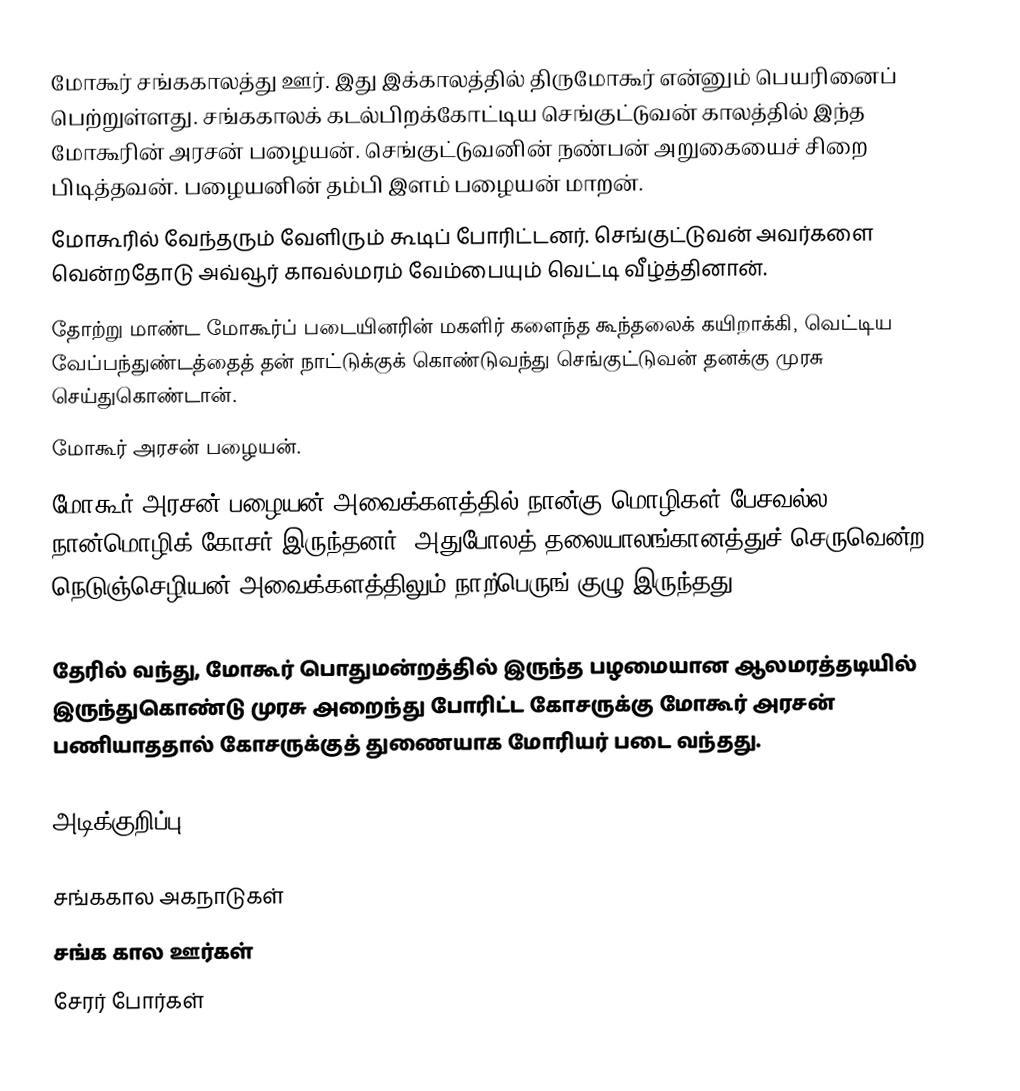
மோகூர் சங்ககாலத்து ஊர். இது இக்காலத்தில் திருமோகூர் என்னும் பெயரினைப் பெற்றுள்ளது. சங்ககாலக்  கடல்பிறக்கோட்டிய செங்குட்டுவன் காலத்தில் இந்த மோகூரின் அரசன் பழையன். செங்குட்டுவனின் நண்பன் அறுகையைச் சிறை பிடித்தவன். பழையனின் தம்பி இளம் பழையன் மாறன்.
மோகூரில் வேந்தரும் வேளிரும் கூடிப் போரிட்டனர். செங்குட்டுவன் அவர்களை வென்றதோடு அவ்வூர் காவல்மரம் வேம்பையும் வெட்டி வீழ்த்தினான்.
தோற்று மாண்ட மோகூர்ப் படையினரின் மகளிர் களைந்த கூந்தலைக் கயிறாக்கி, வெட்டிய வேப்பந்துண்டத்தைத் தன் நாட்டுக்குக் கொண்டுவந்து செங்குட்டுவன் தனக்கு முரசு செய்துகொண்டான்.
மோகூர் அரசன் பழையன்.
மோகூர் அரசன் பழையன் அவைக்களத்தில் நான்கு மொழிகள் பேசவல்ல நான்மொழிக் கோசர் இருந்தனர். அதுபோலத் தலையாலங்கானத்துச் செருவென்ற நெடுஞ்செழியன் அவைக்களத்திலும் நாற்பெருங் குழு இருந்தது.

தேரில் வந்து, மோகூர் பொதுமன்றத்தில் இருந்த பழமையான ஆலமரத்தடியில் இருந்துகொண்டு முரசு அறைந்து போரிட்ட கோசருக்கு மோகூர் அரசன் பணியாததால் கோசருக்குத் துணையாக மோரியர் படை வந்தது.

அடிக்குறிப்பு

சங்ககால அகநாடுகள்
சங்க கால ஊர்கள்
சேரர் போர்கள்